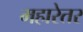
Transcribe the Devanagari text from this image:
महारेतर